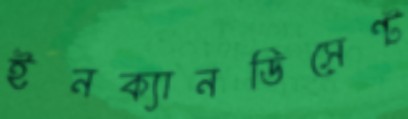
ইনক্যানডিসেন্ট